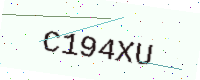
Text: C194XU